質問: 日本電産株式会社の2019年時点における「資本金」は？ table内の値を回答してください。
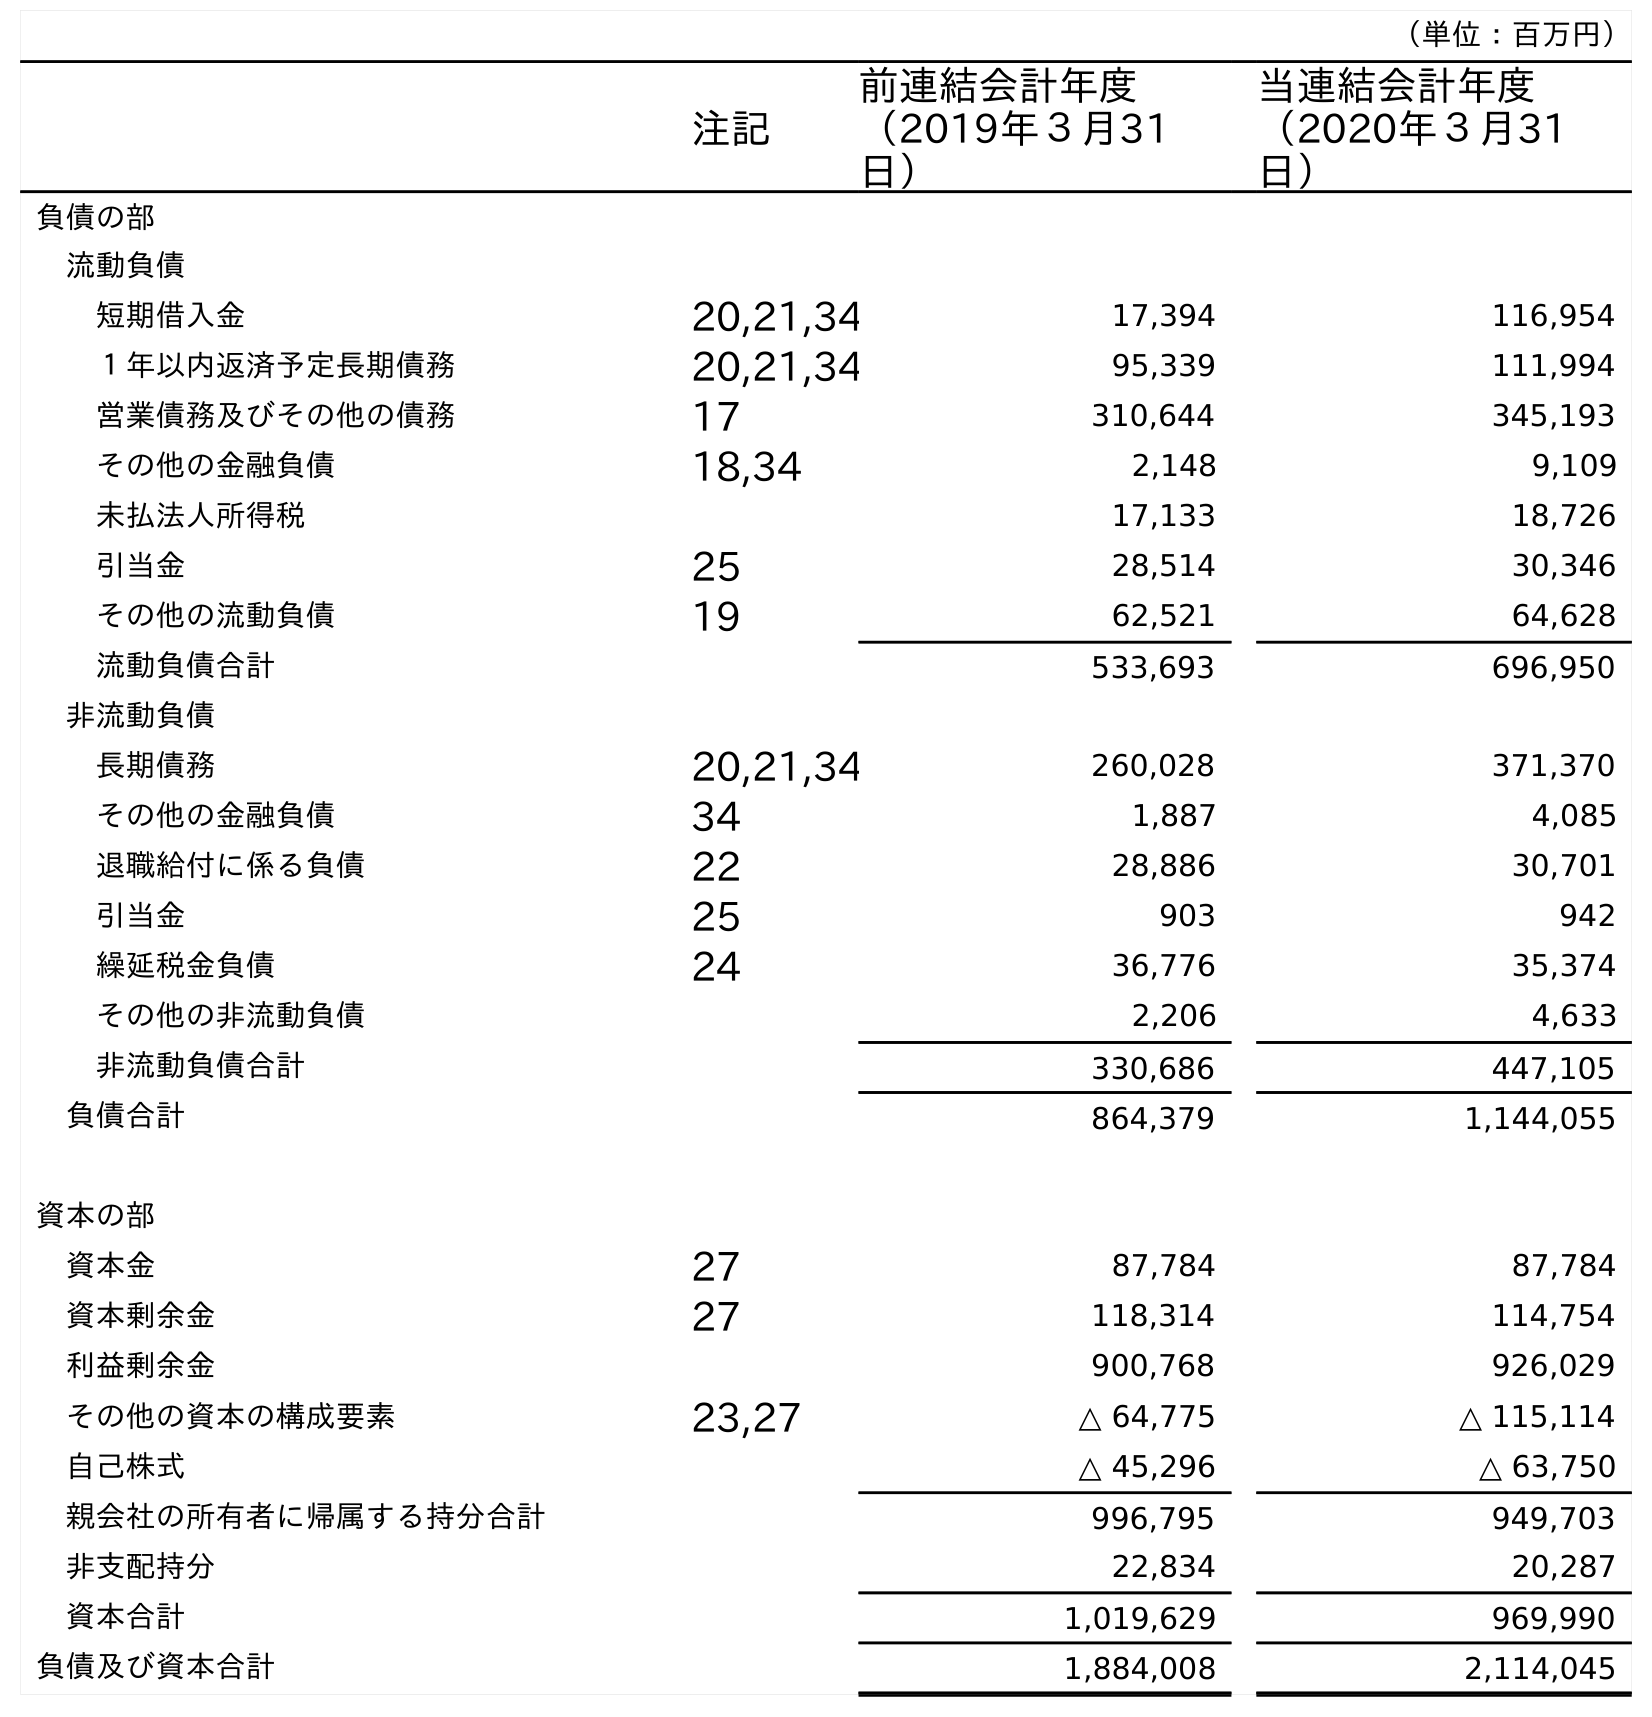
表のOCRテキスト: （単位：百万円） 注記 前連結会計年度 （2019年３月31 日） 当連結会計年度 （2020年３月31 日） 負債の部 流動負債 短期借入金 20,21,34 17,394 116,954 １年以内返済予定長期債務 20,21,34 95,339 111,994 営業債務及びその他の債務 17 310,644 345,193 その他の金融負債 18,34 2,148 9,109 未払法人所得税 17,133 18,726 引当金 25 28,514 30,346 その他の流動負債 19 62,521 64,628 流動負債合計 533,693 696,950 非流動負債 長期債務 20,21,34 260,028 371,370 その他の金融負債 34 1,887 4,085 退職給付に係る負債 22 28,886 30,701 引当金 25 903 942 繰延税金負債 24 36,776 35,374 その他の非流動負債 2,206 4,633 非流動負債合計 330,686 447,105 負債合計 864,379 1,144,055 資本の部 資本金 27 87,784 87,784 資本剰余金 27 118,314 114,754 利益剰余金 900,768 926,029 その他の資本の構成要素 23,27 △ 64,775 △ 115,114 自己株式 △ 45,296 △ 63,750 親会社の所有者に帰属する持分合計 996,795 949,703 非支配持分 22,834 20,287 資本合計 1,019,629 969,990 負債及び資本合計 1,884,008 2,114,045
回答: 87,784